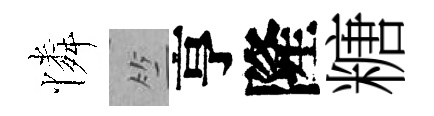
憐竺亨隆糖